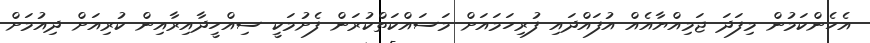
އެހެންކަމުން މިފަދަ ޖަމިއްޔާއެއް އުފައްދައި ފުރިހަމައަށް މަސައްކަތްކުރަން ފެށުމަކީ ސިއްހީދާއިރާއިން ކުރިއަށް ދިއުމަށް